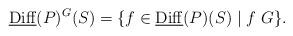
LaTeX: \begin{align*} \underline{\mathrm{Diff}}(P)^G(S) = \{f\in \underline{\mathrm{Diff}}(P)(S)\mid f\ G\}.\end{align*}